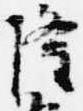
隆